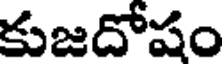
కుజదోషం